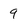
Character: 9